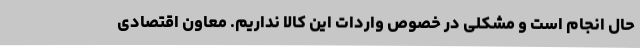
حال انجام است و مشکلی در خصوص واردات این کالا نداریم. معاون اقتصادی